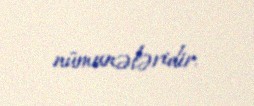
nümunələridir.